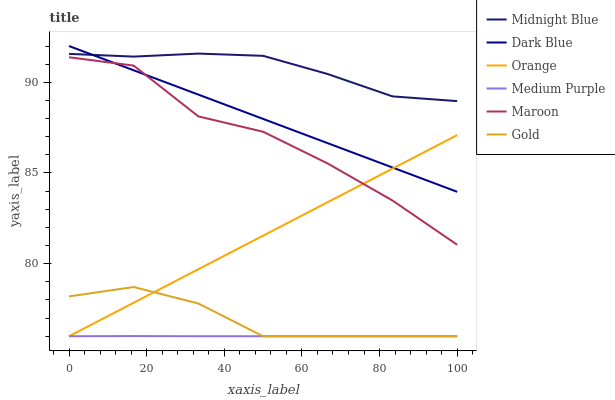
| xaxis_label | Midnight Blue | Dark Blue | Orange | Medium Purple | Maroon | Gold |
 | --- | --- | --- | --- | --- | --- | --- |
 | 0 | 91.6 | 92 | 76 | 76 | 91.4 | 78.2 |
 | 16.7 | 91.4 | 90.7 | 77.8 | 76 | 90.9 | 78.7 |
 | 33.3 | 91.6 | 89.3 | 79.7 | 76 | 88.1 | 77.8 |
 | 50 | 91.5 | 88 | 81.5 | 76 | 87.3 | 76 |
 | 66.7 | 90.5 | 86.6 | 83.4 | 76 | 85.5 | 76 |
 | 83.3 | 89.2 | 85.3 | 85.2 | 76 | 83.5 | 76 |
 | 100 | 89 | 84 | 87.1 | 76 | 81 | 76 |